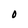
Character: O